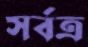
সর্বত্র